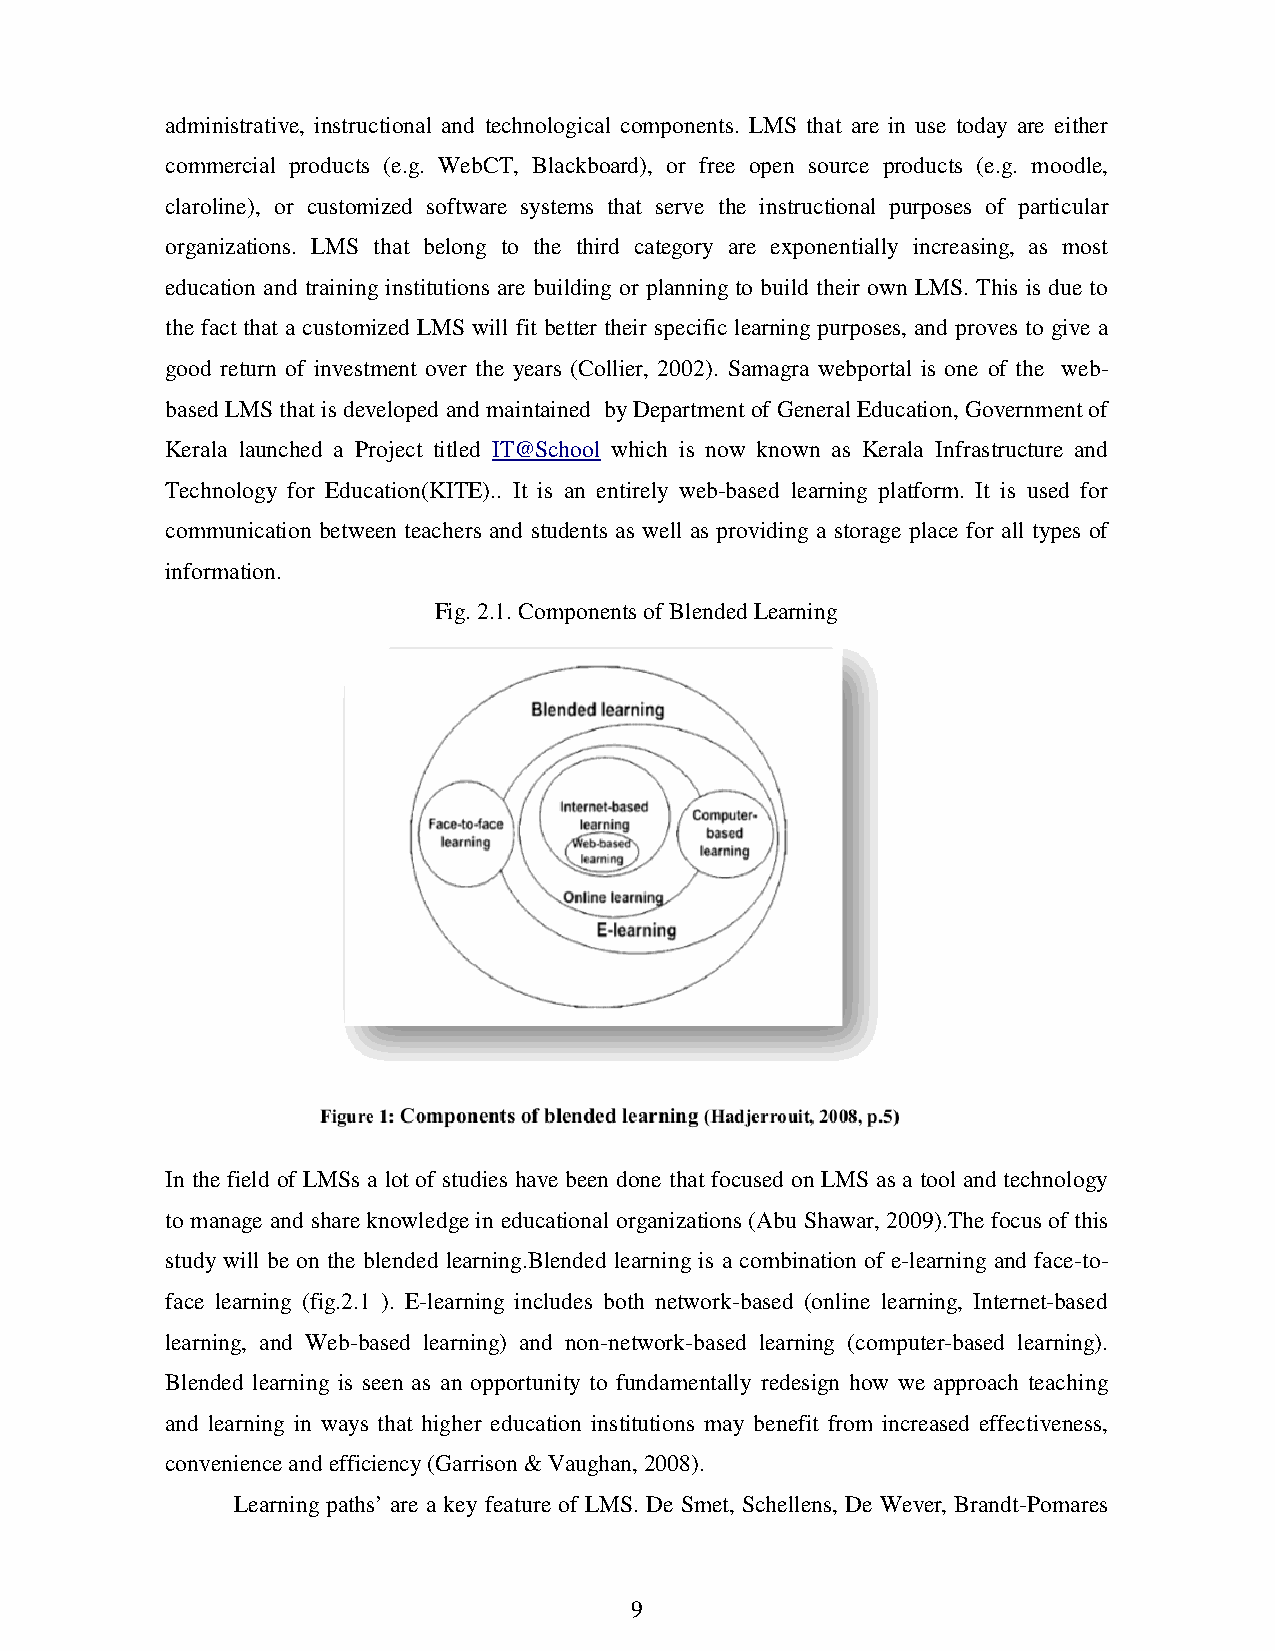
administrative, instructional and technological components. LMS that are in use today are either
 commercial products (e.g. WebCT, Blackboard), or free open source products (e.g. moodle,
 claroline), or customized software systems that serve the instructional purposes of particular
 organizations. LMS that belong to the third category are exponentially increasing, as most
 education and training institutions are building or planning to build their own LMS. This is due to
 the fact that a customized LMS will fit better their specific learning purposes, and proves to give a
 good return of investment over the years (Collier, 2002). Samagra webportal is one of the web-
 based LMS that is developed and maintained by Department of General Education, Government of
 Kerala launched a Project titled IT@School which is now known as Kerala Infrastructure and
 Technology for Education(KITE).. It is an entirely web-based learning platform. It is used for
 communication between teachers and students as well as providing a storage place for all types of
 information.
 Fig. 2.1. Components of Blended Learning
 In the field of LMSs a lot of studies have been done that focused on LMS as a tool and technology
 to manage and share knowledge in educational organizations (Abu Shawar, 2009).The focus of this
 study will be on the blended learning.Blended learning is a combination of e-learning and face-to-
 face learning (fig.2.1 ). E-learning includes both network-based (online learning, Internet-based
 learning, and Web-based learning) and non-network-based learning (computer-based learning).
 Blended learning is seen as an opportunity to fundamentally redesign how we approach teaching
 and learning in ways that higher education institutions may benefit from increased effectiveness,
 convenience and efficiency (Garrison & Vaughan, 2008).
 Learning paths’ are a key feature of LMS. De Smet, Schellens, De Wever, Brandt-Pomares
 9